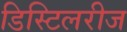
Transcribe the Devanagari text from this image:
डिस्टिलरीज